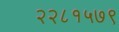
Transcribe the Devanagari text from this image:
२२८१५७९